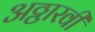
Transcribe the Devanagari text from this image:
अठ्ठारवीं